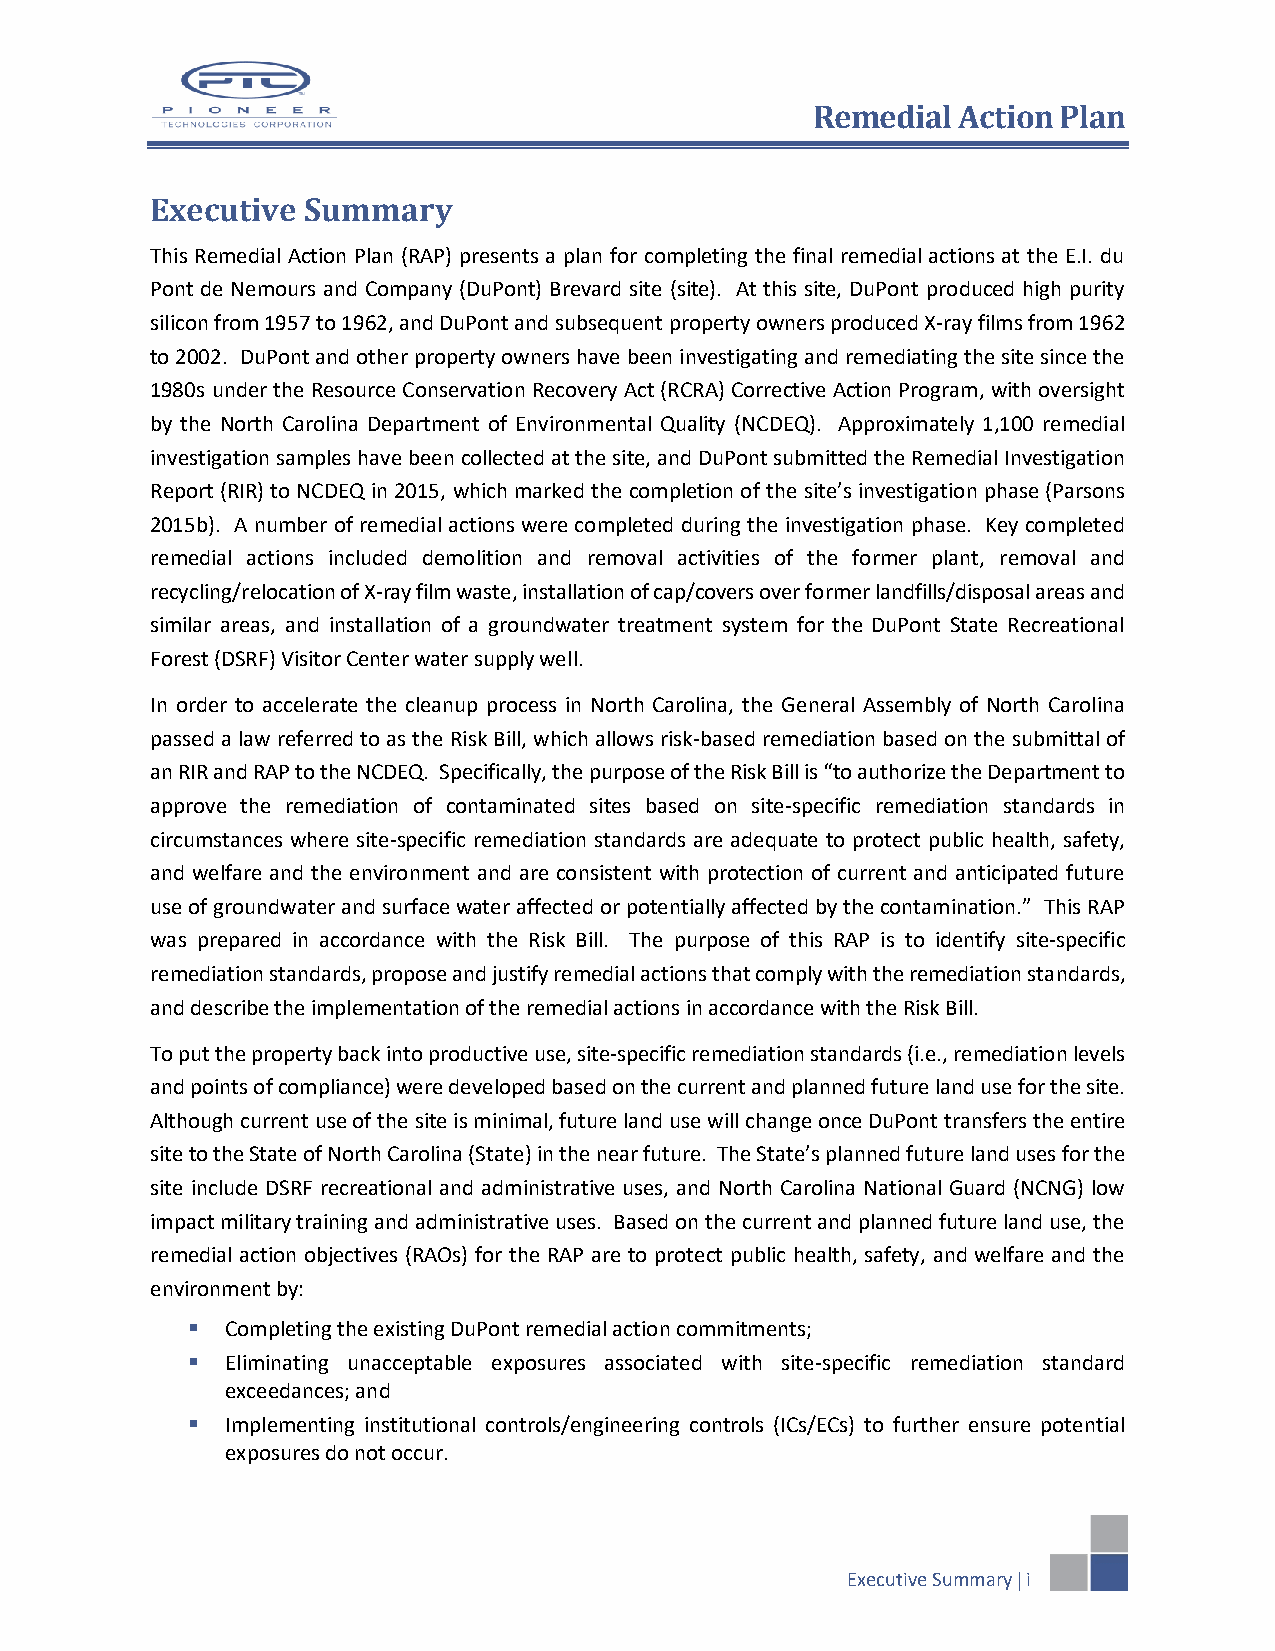
Remedial Action Plan
 Executive Summary
 This Remedial Action Plan (RAP) presents a plan for completing the final remedial actions at the E.I. du
 Pont de Nemours and Company (DuPont) Brevard site (site). At this site, DuPont produced high purity
 silicon from 1957 to 1962, and DuPont and subsequent property owners produced X-ray films from 1962
 to 2002. DuPont and other property owners have been investigating and remediating the site since the
 1980s under the Resource Conservation Recovery Act (RCRA) Corrective Action Program, with oversight
 by the North Carolina Department of Environmental Quality (NCDEQ). Approximately 1,100 remedial
 investigation samples have been collected at the site, and DuPont submitted the Remedial Investigation
 Report (RIR) to NCDEQ in 2015, which marked the completion of the site’s investigation phase (Parsons
 2015b). A number of remedial actions were completed during the investigation phase. Key completed
 remedial actions included demolition and removal activities of the former plant, removal and
 recycling/relocation of X-ray film waste, installation of cap/covers over former landfills/disposal areas and
 similar areas, and installation of a groundwater treatment system for the DuPont State Recreational
 Forest (DSRF) Visitor Center water supply well.
 In order to accelerate the cleanup process in North Carolina, the General Assembly of North Carolina
 passed a law referred to as the Risk Bill, which allows risk-based remediation based on the submittal of
 an RIR and RAP to the NCDEQ. Specifically, the purpose of the Risk Bill is “to authorize the Department to
 approve the remediation of contaminated sites based on site-specific remediation standards in
 circumstances where site-specific remediation standards are adequate to protect public health, safety,
 and welfare and the environment and are consistent with protection of current and anticipated future
 use of groundwater and surface water affected or potentially affected by the contamination.” This RAP
 was prepared in accordance with the Risk Bill. The purpose of this RAP is to identify site-specific
 remediation standards, propose and justify remedial actions that comply with the remediation standards,
 and describe the implementation of the remedial actions in accordance with the Risk Bill.
 To put the property back into productive use, site-specific remediation standards (i.e., remediation levels
 and points of compliance) were developed based on the current and planned future land use for the site.
 Although current use of the site is minimal, future land use will change once DuPont transfers the entire
 site to the State of North Carolina (State) in the near future. The State’s planned future land uses for the
 site include DSRF recreational and administrative uses, and North Carolina National Guard (NCNG) low
 impact military training and administrative uses. Based on the current and planned future land use, the
 remedial action objectives (RAOs) for the RAP are to protect public health, safety, and welfare and the
 environment by:
   Completing the existing DuPont remedial action commitments;
   Eliminating unacceptable exposures associated with site-specific remediation standard
 exceedances; and
   Implementing institutional controls/engineering controls (ICs/ECs) to further ensure potential
 exposures do not occur.
 Executive Summary  i